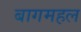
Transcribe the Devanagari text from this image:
बागमहल